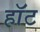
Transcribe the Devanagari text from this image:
हाॅट